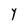
Character: Y